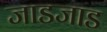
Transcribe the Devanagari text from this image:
जाडजाड